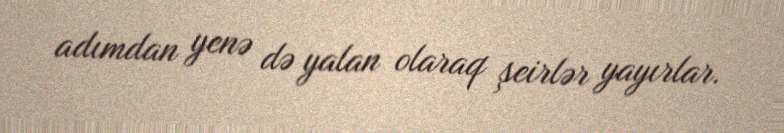
adımdan yenə də yalan olaraq şeirlər yayırlar.